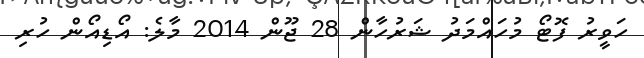
ހަވީރު ފޮޓޯ މުހައްމަދު ޝަރުހާން 28 ޖޫން 2014 މާލެ: އޯޑިއޯން ހުރި